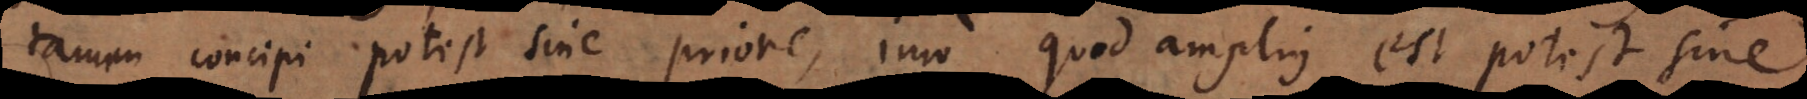
tamen concipi potest sine priore, imo quod amplius est potest sine